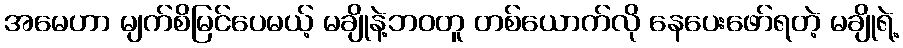
အမေဟာ မျက်စိမြင်ပေမယ့် မချိုနဲ့ဘဝတူ တစ်ယောက်လို နေပေးဖော်ရတဲ့ မချိုရဲ့